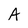
Character: A